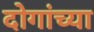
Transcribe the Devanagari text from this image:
दोगांच्या